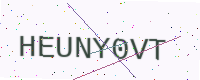
Text: HEUNY0VT